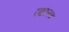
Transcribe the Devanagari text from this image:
लहानच